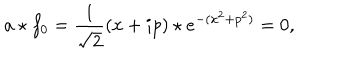
LaTeX: a \star f _ { 0 } = \frac { 1 } { \sqrt { 2 } } ( x + i p ) \star e ^ { - ( x ^ { 2 } + p ^ { 2 } ) } = 0 ,